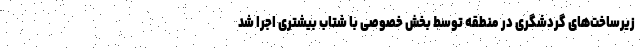
زیرساخت‌های گردشگری در منطقه توسط بخش خصوصی با شتاب بیشتری اجرا شد